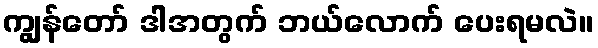
ကျွန်တော် ဒါအတွက် ဘယ်လောက် ပေးရမလဲ။